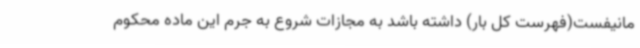
مانیفست(فهرست کل بار) داشته باشد به مجازات شروع به جرم این ماده محکوم